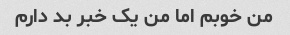
من خوبم اما من یک خبر بد دارم